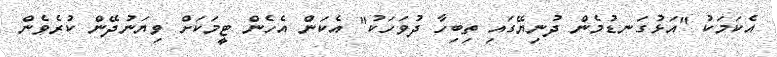
އެކަމަކު "އަޅުގަނޑުމެން ދުނިޔޭގައި ތިބިހާ ދުވަހަކު" އެކަން އެހެން ޓީމަކަށް ވިޔަނުދޭން ކުރެވެން